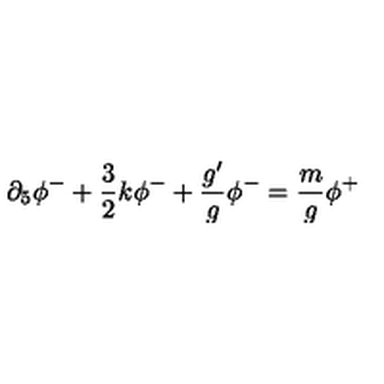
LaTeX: \partial _ { 5 } \phi ^ { - } + \frac { 3 } { 2 } k \phi ^ { - } + \frac { g ^ { \prime } } { g } \phi ^ { - } = \frac { m } { g } \phi ^ { + }